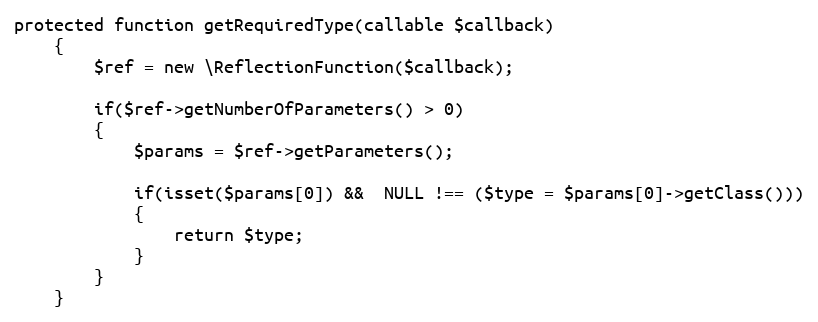
Language: PHP
protected function getRequiredType(callable $callback)
	{
		$ref = new \ReflectionFunction($callback);

		if($ref->getNumberOfParameters() > 0)
		{
			$params = $ref->getParameters();

			if(isset($params[0]) &&  NULL !== ($type = $params[0]->getClass()))
			{
				return $type;
			}
		}
	}